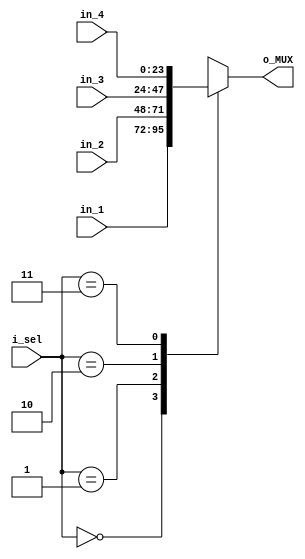
`timescale 1ns / 1ps
//////////////////////////////////////////////////////////////////////////////////
// Company: 
// Engineer: 
// 
// Design Name: 
// Module Name: MUX_4_1
// Project Name: 
// Target Devices: 
// Tool Versions: 
// Description: 
// 
// Dependencies: 
// 
// Revision:
// Revision 0.01 - File Created
// Additional Comments:
// 
//////////////////////////////////////////////////////////////////////////////////
`define SEL_WIDTH 2
`define WIDTH_MUX 24
module MUX_4_1(
input [`WIDTH_MUX -1:0] in_1  , in_2 , in_3 , in_4 ,
input [`SEL_WIDTH-1:0] i_sel  , 
output reg [`WIDTH_MUX-1:0] o_MUX 
    );
  
  always @(*)
     begin
       case (i_sel)
      2'b00: o_MUX = in_1 ;
      2'b01: o_MUX = in_2 ;
      2'b10: o_MUX = in_3 ;
      2'b11: o_MUX = in_4 ;
       default : o_MUX = in_1 ; 
       endcase
     end     
endmodule